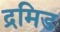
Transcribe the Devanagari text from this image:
द्रमिड